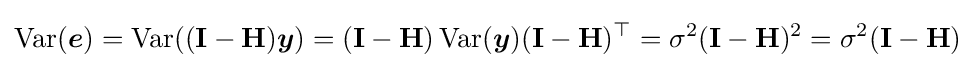
\operatorname {Var} ({\boldsymbol {e}})=\operatorname {Var} ((\mathbf {I} -\mathbf {H} ){\boldsymbol {y}})=(\mathbf {I} -\mathbf {H} )\operatorname {Var} ({\boldsymbol {y}})(\mathbf {I} -\mathbf {H} )^{\top }=\sigma ^{2}(\mathbf {I} -\mathbf {H} )^{2}=\sigma ^{2}(\mathbf {I} -\mathbf {H} )